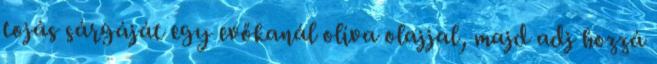
tojás sárgáját egy evőkanál olíva olajjal, majd adj hozzá